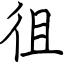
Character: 徂